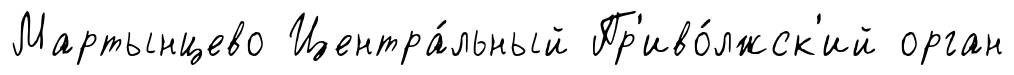
Мартынцево Центра́льный Пр'иво́лжск'ий орган